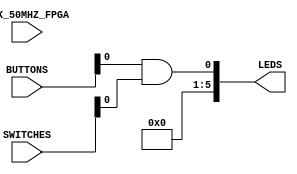
`timescale 1ns / 1ps
//------------------------------------------------------------------------------
// UC Berkeley, EECS 151/251A FPGA Lab
// Lab 0, Spring 2018
// Module: ml505top.v 
//------------------------------------------------------------------------------

module ml505top(
    input CLK_50MHZ_FPGA,
    input [3:0] BUTTONS,
    input [1:0] SWITCHES,
    output [5:0] LEDS
    );

    and(LEDS[0], BUTTONS[0], SWITCHES[0]);
    assign LEDS[5:1] = 0;

endmodule